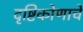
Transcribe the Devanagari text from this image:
दृष्टिकोणाचे